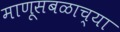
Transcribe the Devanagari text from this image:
माणूसबळाच्या